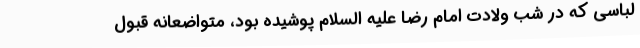
لباسی که در شب ولادت امام رضا علیه السلام پوشیده بود، متواضعانه قبول